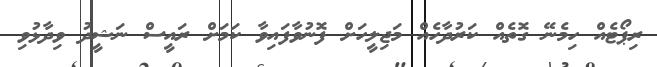
ރިޕޯޓެއް ހިމެނޭ ގޮތެއް ކަރުދާހެއް މަޖިލީހަށް ފޮނުވާފައިވާ ކަމަށް ރައީސް ނަޝީދު ވިދާޅުވި